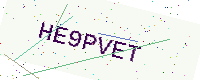
Text: HE9PVET